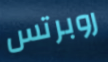
روبرتس